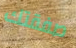
صفقتك